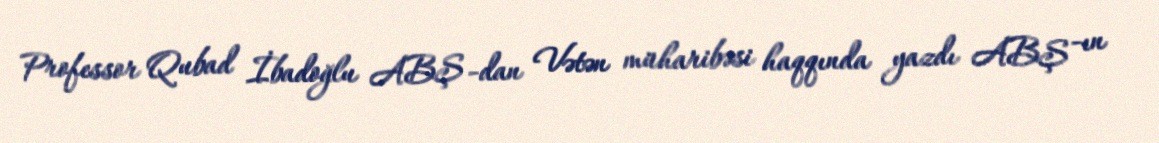
Professor Qubad İbadoğlu ABŞ -dan Vətən müharibəsi haqqında yazdı ABŞ -ın